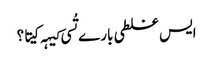
‏ ایس غلطی بارے تُسی کیہہ کیتا؟